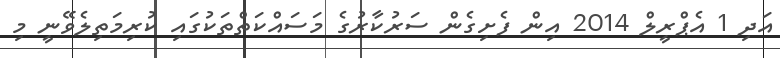
އަދި 1 އެޕްރީލް 2014 އިން ފެށިގެން ސަރުކާރުގެ މަސައްކަތްތަކުގައި ކުރިމަތިލެވޭނީ މި